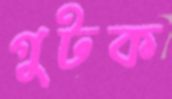
গুটক